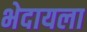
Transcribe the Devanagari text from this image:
भेदायला